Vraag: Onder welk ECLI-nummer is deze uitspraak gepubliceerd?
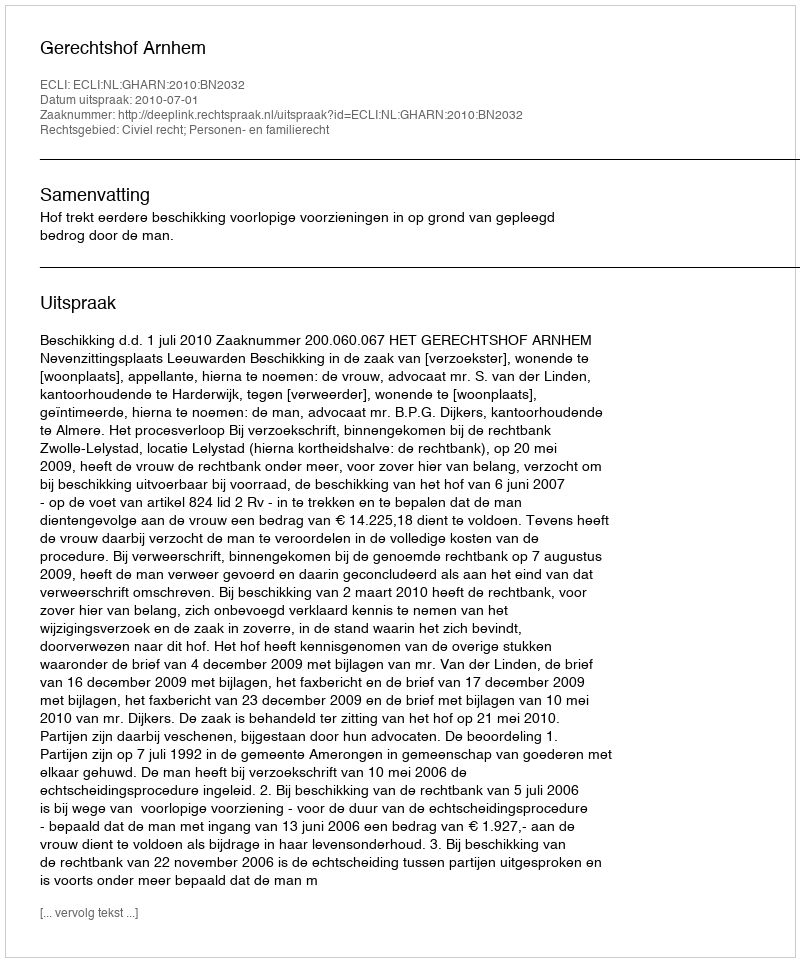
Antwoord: ECLI:NL:GHARN:2010:BN2032